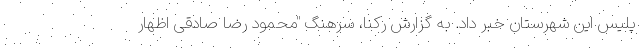
پلیس این شهرستان خبر داد. به گزارش رکنا، سرهنگ "محمود رضا صادقی اظهار